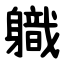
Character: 軄